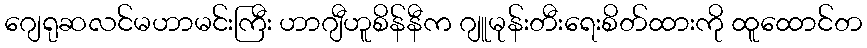
ဂျေရုဆလင်မဟာမင်းကြီး ဟာဂျီဟူစိန်နီက ဂျူမုန်းတီးရေးစိတ်ထားကို ထူထောင်တ